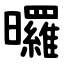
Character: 曪